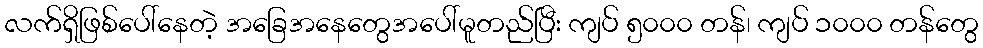
လက်ရှိဖြစ်ပေါ်နေတဲ့ အခြေအနေတွေအပေါ်မူတည်ပြီး ကျပ် ၅၀၀၀ တန်၊ ကျပ် ၁၀၀၀ တန်တွေ